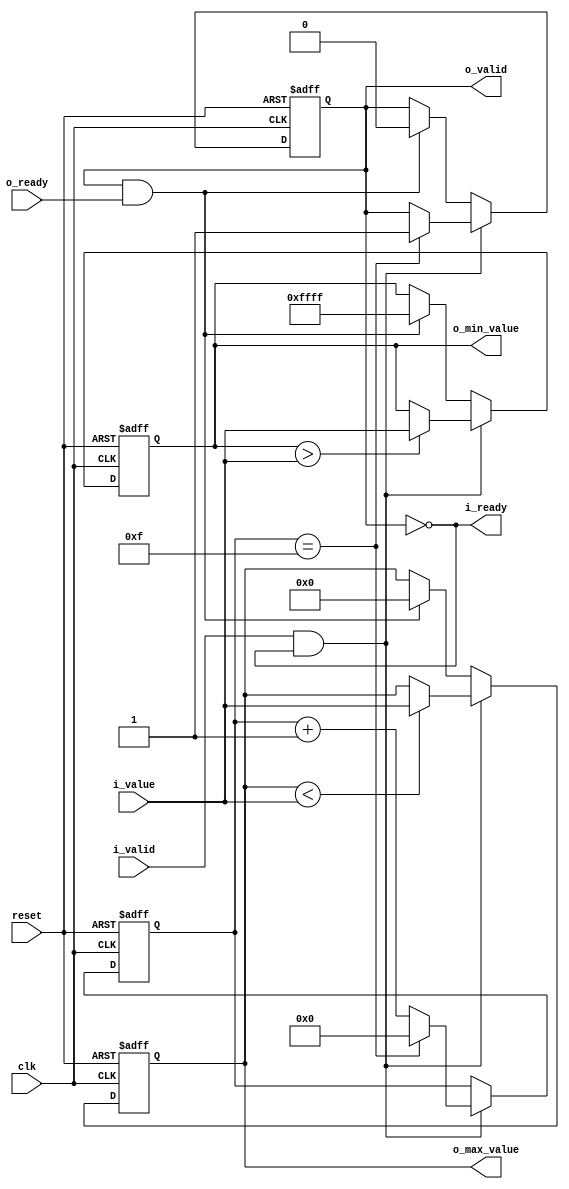
`default_nettype none

module section_min_max #(parameter width = 16, sample_count = 16)(
    input wire reset,
    input wire clk,
    input wire i_valid,
    output wire i_ready,
    input wire [width-1:0] i_value,
    output reg o_valid,
    input wire o_ready,
    output reg [width-1:0] o_min_value,
    output reg [width-1:0] o_max_value);

    reg [$clog2(sample_count)-1:0] count;
    wire [$clog2(sample_count)-1:0] count_last = sample_count - 1'b1;
    assign i_ready = !o_valid;
    
    always @(posedge clk or posedge reset) begin
        if (reset) begin
            o_valid <= 1'b0;
            count <= 0;
            o_max_value <= 0;
            o_min_value <= -1;
        end else begin
            if (i_valid && i_ready) begin
                o_max_value <= o_max_value < i_value ? i_value : o_max_value;
                o_min_value <= o_min_value > i_value ? i_value : o_min_value;
                count <= (count == count_last) ? 1'b0 : count + 1'b1;
                if (count == count_last)
                    o_valid <= 1'b1;
            end else if (o_valid && o_ready) begin
                o_max_value <= 0;
                o_min_value <= -1;
                o_valid <= 1'b0;
            end
        end
    end
endmodule